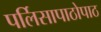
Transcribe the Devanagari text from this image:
पर्लिसापाठोपाठ